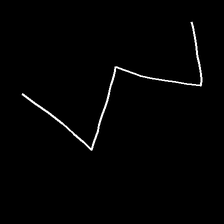
Glyph: crush